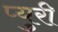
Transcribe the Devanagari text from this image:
प्युरी